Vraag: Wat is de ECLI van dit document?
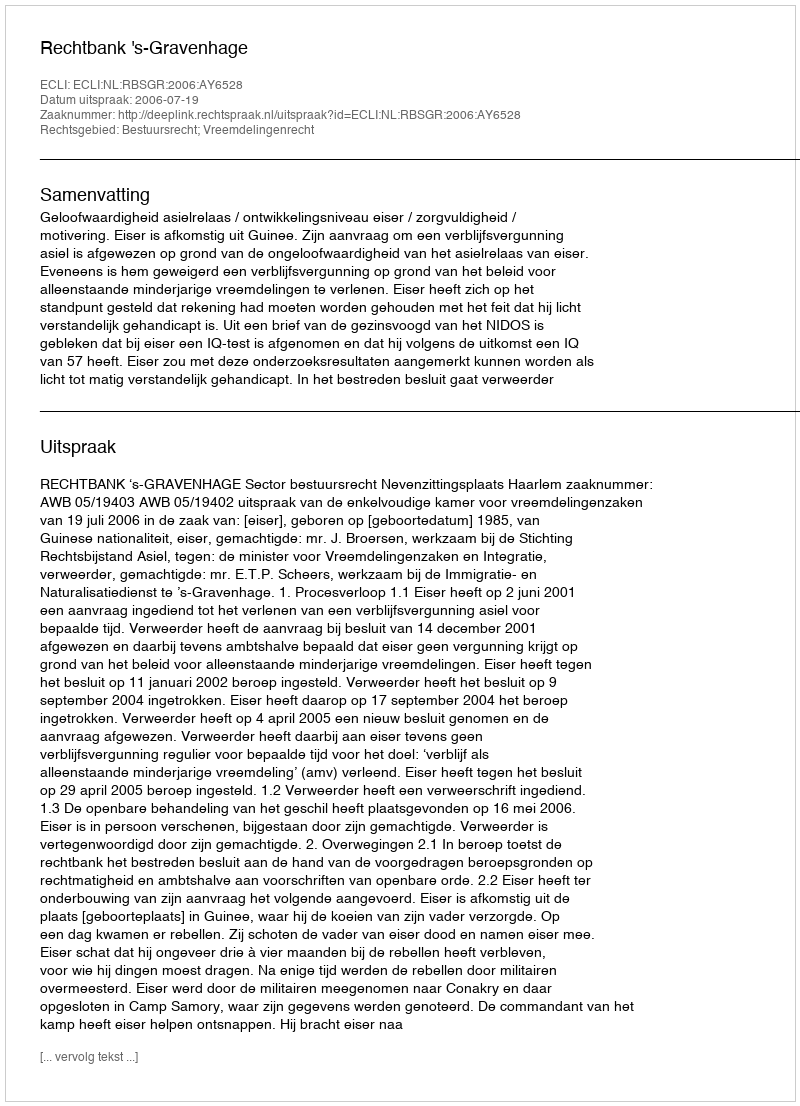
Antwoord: ECLI:NL:RBSGR:2006:AY6528